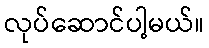
လုပ်ဆောင်ပါ့မယ်။